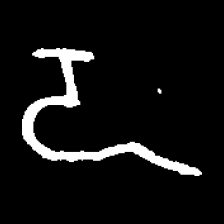
Pyu character \u2014 Myanmar letter: ဍ (romanized: dda)